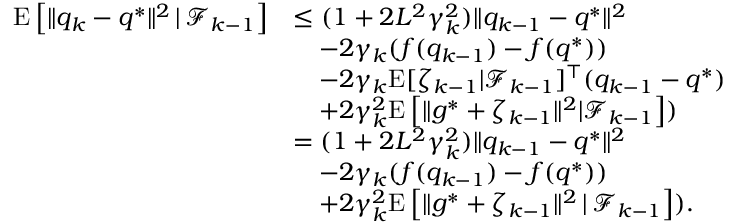
\begin{array} { r l } { \mathrm { E } \left[ \| q _ { k } - q ^ { * } \| ^ { 2 } \, | \, \mathcal { F } _ { k - 1 } \right] } & { \leq ( 1 + 2 L ^ { 2 } \gamma _ { k } ^ { 2 } ) \| q _ { k - 1 } - q ^ { * } \| ^ { 2 } } \\ & { \quad - 2 \gamma _ { k } ( f ( q _ { k - 1 } ) - f ( q ^ { * } ) ) } \\ & { \quad - 2 \gamma _ { k } \mathrm { E } [ \zeta _ { k - 1 } | \mathcal { F } _ { k - 1 } ] ^ { \top } ( q _ { k - 1 } - q ^ { * } ) } \\ & { \quad + 2 \gamma _ { k } ^ { 2 } \mathrm { E } \left[ \| g ^ { * } + \zeta _ { k - 1 } \| ^ { 2 } | \mathcal { F } _ { k - 1 } \right] ) } \\ & { = ( 1 + 2 L ^ { 2 } \gamma _ { k } ^ { 2 } ) \| q _ { k - 1 } - q ^ { * } \| ^ { 2 } } \\ & { \quad - 2 \gamma _ { k } ( f ( q _ { k - 1 } ) - f ( q ^ { * } ) ) } \\ & { \quad + 2 \gamma _ { k } ^ { 2 } \mathrm { E } \left[ \| g ^ { * } + \zeta _ { k - 1 } \| ^ { 2 } \, | \, \mathcal { F } _ { k - 1 } \right] ) . } \end{array}